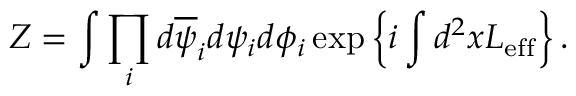
Z = \int \prod _ { i } d \overline { { { \psi } } } _ { i } d \psi _ { i } d \phi _ { i } \exp \left\{ i \int d ^ { 2 } x { \cal L } _ { \mathrm { e f f } } \right\} .